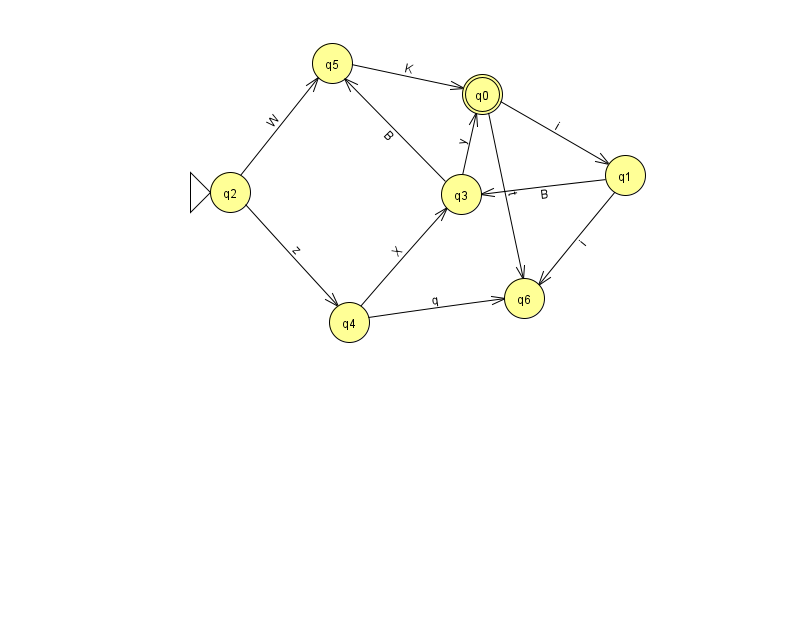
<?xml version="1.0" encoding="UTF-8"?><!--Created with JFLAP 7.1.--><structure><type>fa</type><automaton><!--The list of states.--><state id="0" name="q0"><x>482.0</x><y>81.0</y><final/></state><state id="1" name="q1"><x>625.0</x><y>162.0</y></state><state id="2" name="q2"><x>230.0</x><y>179.0</y><initial/></state><state id="3" name="q3"><x>461.0</x><y>181.0</y></state><state id="4" name="q4"><x>349.0</x><y>309.0</y></state><state id="5" name="q5"><x>332.0</x><y>50.0</y></state><state id="6" name="q6"><x>524.0</x><y>285.0</y></state><!--The list of transitions.--><transition><from>0</from><to>1</to><read>i</read></transition><transition><from>5</from><to>0</to><read>K</read></transition><transition><from>2</from><to>5</to><read>W</read></transition><transition><from>1</from><to>6</to><read>i</read></transition><transition><from>3</from><to>5</to><read>B</read></transition><transition><from>4</from><to>6</to><read>q</read></transition><transition><from>2</from><to>4</to><read>z</read></transition><transition><from>0</from><to>6</to><read>t</read></transition><transition><from>3</from><to>0</to><read>y</read></transition><transition><from>4</from><to>3</to><read>X</read></transition><transition><from>1</from><to>3</to><read>B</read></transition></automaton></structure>